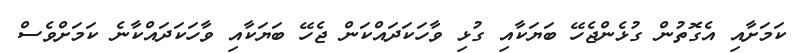
ކަމަށާއި އެގޮތުން ގުޅެންޖެހޭ ބަޔަކާއި ގުޅި ވާހަކަދައްކަން ޖެހޭ ބަޔަކާއި ވާހަކަދައްކާނެ ކަމަށްވެސް